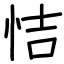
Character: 恄